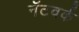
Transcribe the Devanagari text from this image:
नॅटवर्क